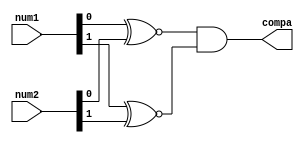
module E3_Comparador
(input wire [1:0] num1, input wire [1:0] num2, output wire compa);

wire tempo1, tempo2;

assign tempo1 = num1[0] ~^ num2[0];
assign tempo2 = num1[1] ~^ num2[1];
assign compa = tempo1 & tempo2;

endmodule